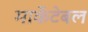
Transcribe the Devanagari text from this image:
मार्केटेबल